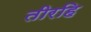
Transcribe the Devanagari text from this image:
तीरहि